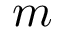
m